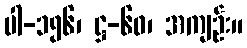
ပါ-၁၅၆၊ ဋ္ဌ-၆၀၊ အကျဉ်း။